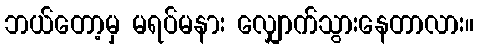
ဘယ်တော့မှ မရပ်မနား လျှောက်သွားနေတာလား။